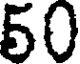
50